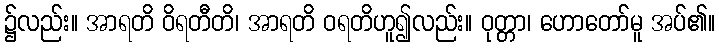
၌လည်း။ အာရတိ ဝိရတီတိ၊ အာရတိ ဝရတိဟူ၍လည်း။ ဝုတ္တာ၊ ဟောတော်မူ အပ်၏။